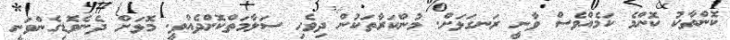
ކޮންތާކު ކޮންމެ ކަމެއްވެސް ވާނީ ރަނގަޅަށް. މުންކަރާތަކުން ދިވެހި ސަލާމަތްކޮށްދެއްވީ. މޮޅަށް ދެނެވޮޑިގެންވަނީ